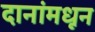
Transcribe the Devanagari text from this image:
दानांमधून